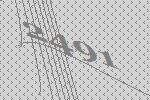
2491